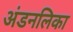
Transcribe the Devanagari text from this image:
अंडनलिका